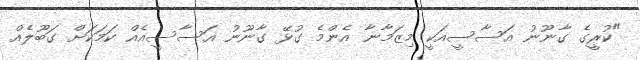
"ކުރީގެ ގާނޫނު އަސާސީއަކީ މިޒަމާނާ އެންމެ ގުޅޭ ގާނޫނު އަސާސީއެއް ކަމަކަށް ގަބޫލެއް